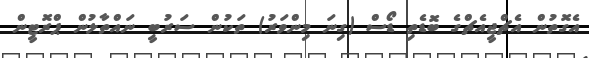
އެގޮތުން އެޗްޖީއެޗްގެ ބޮޑެތި ޑޯސް (ގިނަ މިންވަރު) ތަކުން ސަރުބީ ނައްތާލުން ޕްރޮޓީން